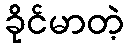
ခိုင်မာတဲ့